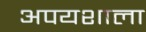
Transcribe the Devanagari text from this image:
अपयशाला